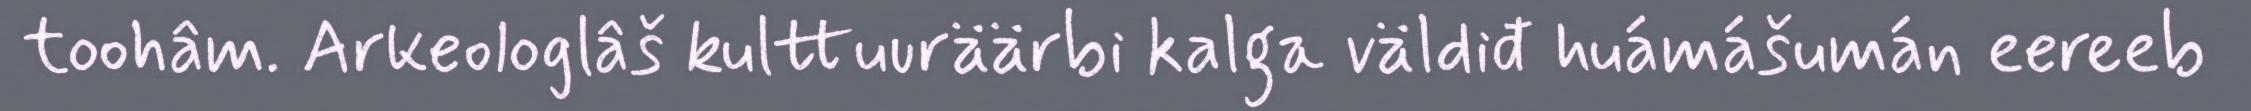
toohâm. Arkeologlâš kulttuuräärbi kalga väldiđ huámášumán eereeb